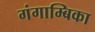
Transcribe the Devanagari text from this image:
गंगाम्बिका